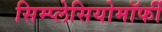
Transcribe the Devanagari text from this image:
सिम्प्लेसियोमॉर्फी